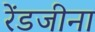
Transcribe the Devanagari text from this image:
रेंडजीना